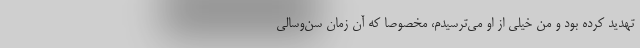
تهدید کرده بود و من خیلی از او می‌ترسیدم، مخصوصا که آن زمان سن‌و‌سالی